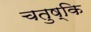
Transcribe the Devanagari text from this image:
चतुष्कि